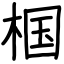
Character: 椢